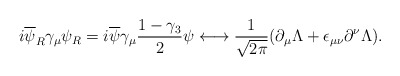
\begin{align*}i\overline{\psi}_{R}\gamma_{\mu}\psi _{R}=i \overline{\psi}\gamma_{\mu}\frac{1-\gamma_{3}}{2}\psi \longleftrightarrow \frac{1}{\sqrt{2 \pi}}(\partial_{\mu}\Lambda+\epsilon_{\mu \nu}\partial^{\nu}\Lambda).\end{align*}